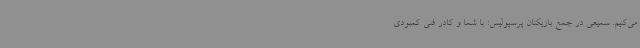
می‌کنیم. سمیعی در جمع بازیکنان پرسپولیس: با شما و کادر فنی کمبودی